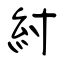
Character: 紨